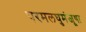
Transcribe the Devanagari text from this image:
परमलघुमंजूषा